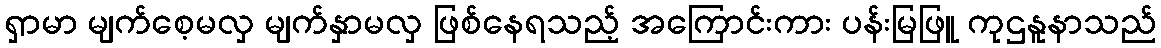
ရှာမာ မျက်စေ့မလှ မျက်နှာမလှ ဖြစ်နေရသည့် အကြောင်းကား ပန်းမြဖြူ ကုဌနူနာသည်